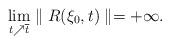
LaTeX: \begin{align*}\lim_{t\nearrow \overline{t}} \parallel R (\xi_0,t)\parallel = +\infty.\end{align*}